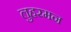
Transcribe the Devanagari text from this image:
लुहरमन